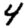
Digit: 4